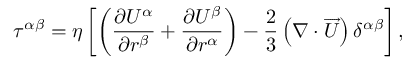
\tau ^ { \alpha \beta } = \eta \left[ \left( \frac { \partial U ^ { \alpha } } { \partial r ^ { \beta } } + \frac { \partial U ^ { \beta } } { \partial r ^ { \alpha } } \right) - \frac { 2 } { 3 } \left( \nabla \cdot \overrightarrow { U } \right) \delta ^ { \alpha \beta } \right] ,